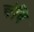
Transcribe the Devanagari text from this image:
चंवि